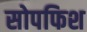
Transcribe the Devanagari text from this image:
सोपफिश